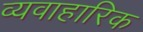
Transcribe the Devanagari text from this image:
व्यवाहारिक